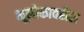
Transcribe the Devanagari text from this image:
भूलोकावरील